system: You are a helpful assistant.
user:
Analyze the provided spectrum to determine if it is a **M-type Giant (gM)**.

A M-type Giant spectrum is defined by its **strong molecular absorption** features, particularly from **Titanium Oxide (TiO)**. You must check for one of the following mutually exclusive signatures:

- **Key Visual Indicators (Absorption-Dominated Spectrum):**

    - **(Primary):** The spectrum is dominated by strong molecular absorption from **Titanium Oxide (TiO)**. This is the **defining feature** of its M-type temperature class.
        - **(Key Bandheads):** Look for sharp, "saw-tooth" absorption valleys. The strongest are located near **~7050 Å**, **~6160 Å**, and **~5170 Å**.
        - **(Line Profile):** The "saw-tooth" morphology is critical: a **sharp, steep drop on the BLUE (short-wavelength) side** of the bandhead, followed by a gradual recovery (rising flux) towards the RED (long-wavelength) side.

    - **(Key Confirmation - Giant vs. Dwarf):** **ABSENCE** of strong **Calcium Hydride (CaH)** molecular bands. This is the primary diagnostic for *excluding* M-dwarfs.
        - **(Key Region):** The spectrum should lack the strong, broad absorption band seen in dwarfs between **~6800 Å and ~7000 Å**.

    - **(Secondary Confirmation - Giant):** A very strong and broad **Neutral Calcium (Ca I)** atomic absorption line.
        - **(Key Line):** Located at **~4226 Å**. In a giant (gM), this line is significantly deeper and broader than the same line in an M-dwarf (dM) due to low surface gravity.

    - **(Overall Spectrum):**
        - The continuum is **extremely red-sloping** (i.e., flux is very low in the blue and rises dramatically towards the red).
        - The entire spectrum appears "chopped up" by the deep TiO bands.

Think first, call **spectral_visualization_tool** if needed to examine features in detail, then provide your final answer. Your response must adhere to the following strict rules:
1.  **Overall Structure:** Your response must follow the format `<think>...</think> <tool_call>...</tool_call> (if a tool is used) <answer>...</answer>`.
2.  **Tool Usage Constraint:** You may only make **one** tool call per turn.
3.  **Final Answer Format:** In the `<answer>` tag, your conclusion must be inside a `\boxed{}` command (e.g., `\boxed{YES}` or `\boxed{NO}`), followed by your justification.

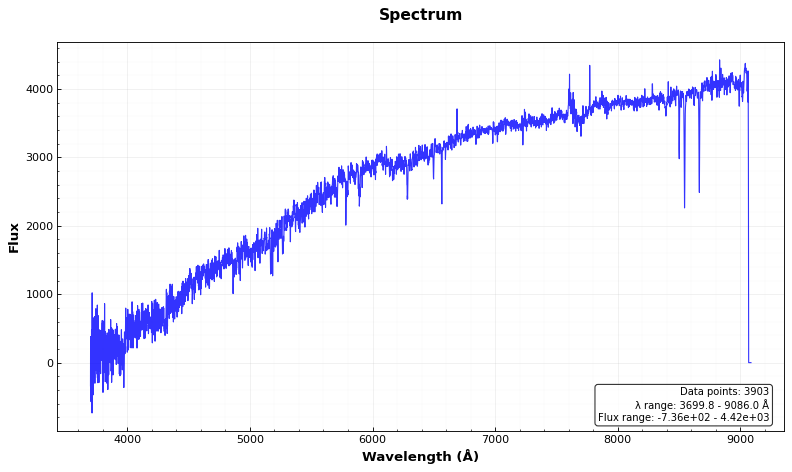
Answer: NO